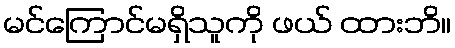
မင်ကြောင်မရှိသူကို ဖယ် ထားဘိ။